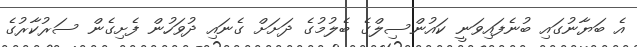
އެ ބަޔާނުގައި ބުނެފައިވަނީ ކައުންސިލްގެ ބެލުމުގެ ދަށަށް ގެނައި ދުވަހުން ފެށިގެން ސަރުކާރުގެ